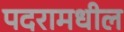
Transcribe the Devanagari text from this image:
पदरामधील